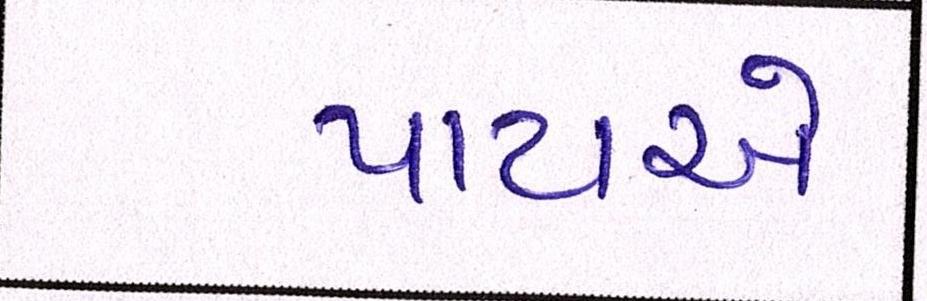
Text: પાટાઓ